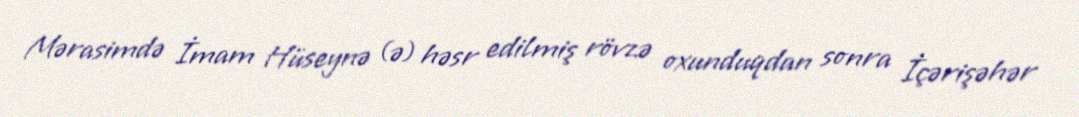
Mərasimdə İmam Hüseynə (ə) həsr edilmiş rövzə oxunduqdan sonra İçərişəhər